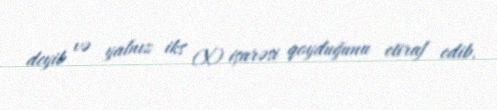
deyib və yalnız iks (X) işarəsi qoyduğunu etiraf edib.